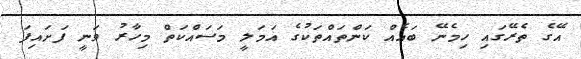
އޭގެ ތެރޭގައި ހިމެނޭ ބައެއް ކަންތައްތަކުގެ އަމަލީ މަސައްކަތް މިހާރު ވަނީ ފަށައިފަ